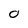
Character: O